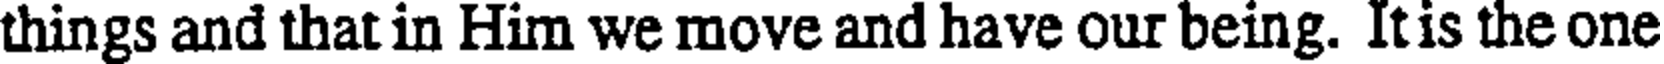
things and that in Him we move and have our being. Itis the one